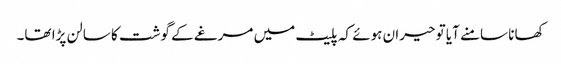
کھانا سامنے آیا تو حیران ہوئے کہ پلیٹ میں مرغے کے گوشت کا سالن پڑا تھا۔